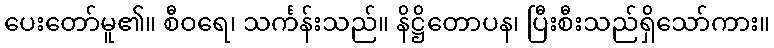
ပေးတော်မူ၏။ စီဝရေ၊ သင်္ကန်းသည်။ နိဋ္ဌိတောပန၊ ပြီးစီးသည်ရှိသော်ကား။